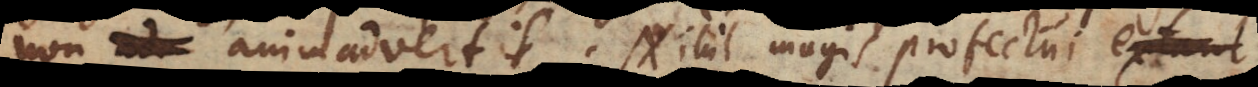
non animadvertit. Nihil magis profectui scient